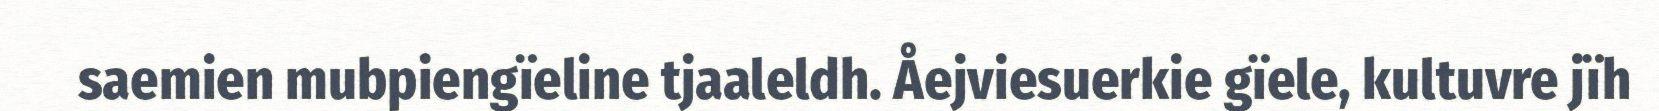
saemien mubpiengïeline tjaaleldh. Åejviesuerkie gïele, kultuvre jïh